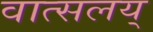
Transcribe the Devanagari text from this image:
वात्सलय्